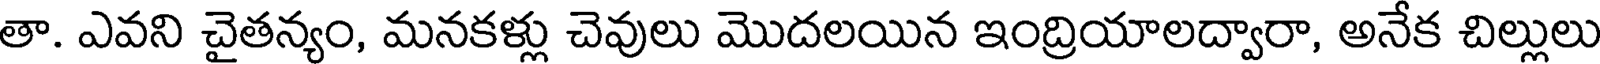
తా. ఎవని చైతన్యం, మనకళ్లు చెవులు మొదలయిన ఇంద్రియాలద్వారా, అనేక చిల్లులు